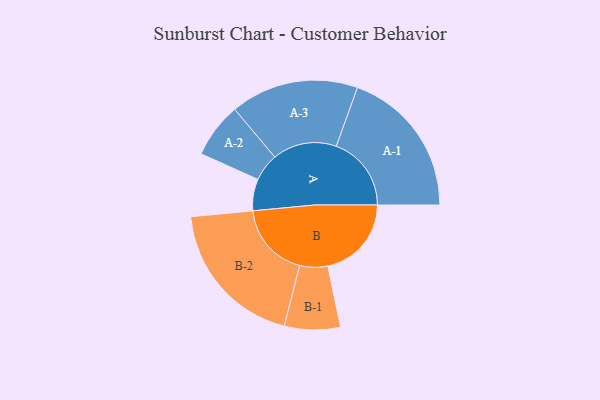
{"axis": {"x": "Segment", "y": "Value"}, "legend": ["", "A", "B"], "data": [{"x": "A", "y": 118, "type": ""}, {"x": "B", "y": 312, "type": ""}, {"x": "A-1", "y": 280, "type": "A"}, {"x": "A-2", "y": 103, "type": "A"}, {"x": "A-3", "y": 239, "type": "A"}, {"x": "B-1", "y": 104, "type": "B"}, {"x": "B-2", "y": 281, "type": "B"}]}